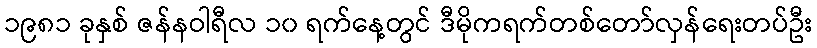
၁၉၈၁ ခုနှစ် ဇန်နဝါရီလ ၁၀ ရက်နေ့တွင် ဒီမိုကရက်တစ်တော်လှန်ရေးတပ်ဦး